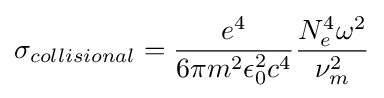
\sigma _{collisional}={\frac {e^{4}}{6\pi m^{2}\epsilon _{0}^{2}c^{4}}}{\frac {N_{e}^{4}\omega ^{2}}{\nu _{m}^{2}}}